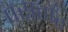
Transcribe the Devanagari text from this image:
पसतौर